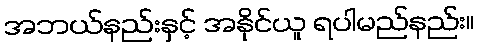
အဘယ်နည်းနှင့် အနိုင်ယူ ရပါမည်နည်း။